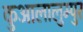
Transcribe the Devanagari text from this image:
कुआलालुम्पुर